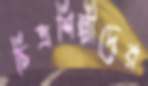
চিত্রশিল্পীদের